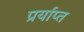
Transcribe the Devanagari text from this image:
प्रर्याप्‍त